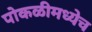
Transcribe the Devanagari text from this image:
पोकळीमध्येच